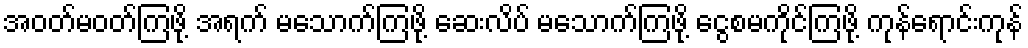
အဝတ်မဝတ်ကြဖို့ အရက် မသောက်ကြဖို့ ဆေးလိပ် မသောက်ကြဖို့ ငွေစမကိုင်ကြဖို့ ကုန်ရောင်းကုန်